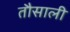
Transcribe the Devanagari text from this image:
तौसाली